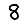
Digit: 8